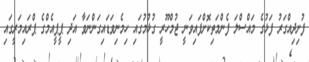
ފުށިދިއްގަރު ފަޅުގެ މައްސްލަ ފެންމަތިކޮށްފައިވަނީ ޖުމްހޫރީ ގުޅުމުގައި ހިމެނިވަޑައިގަންނަވާ އަދި ޕީޕީއެމްގެ ޕްރައިމަރީގައި